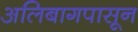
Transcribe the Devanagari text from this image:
अलिबागपासून